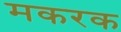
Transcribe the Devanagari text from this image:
मकरक